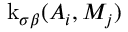
\operatorname { k } _ { \sigma \beta } ( A _ { i } , M _ { j } )